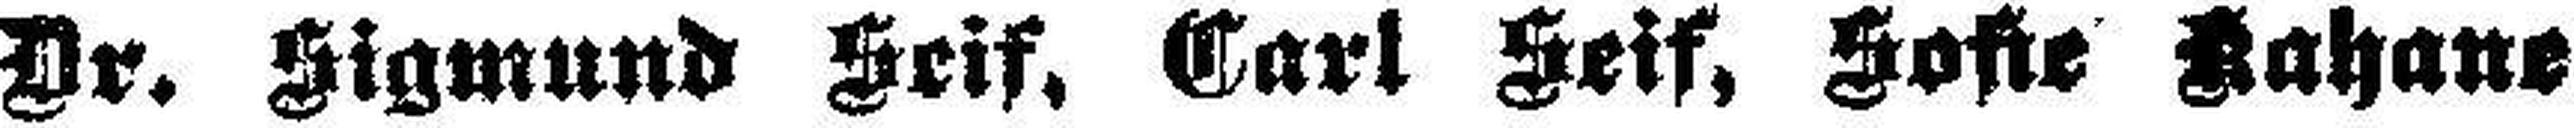
Dr. Sigmund Seif, Carl Seif, Sofie Kahane